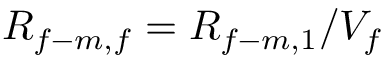
R _ { f - m , f } = R _ { f - m , 1 } / V _ { f }